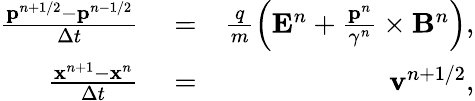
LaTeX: \begin{array}{rlr}{\frac{\mathbf{p}^{n+1/2}-\mathbf{p}^{n-1/2}}{\Delta t}}&{{}=}&{\frac{q}{m}\left(\mathbf{E}^{n}+\frac{\mathbf{p}^{n}}{\gamma^{n}}\times\mathbf{B}^{n}\right),}\\ {\frac{\mathbf{x}^{n+1}-\mathbf{x}^{n}}{\Delta t}}&{{}=}&{\mathbf{v}^{n+1/2},}\end{array}